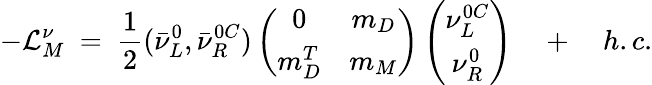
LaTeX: -{\cal L}_{M}^{\nu}\ =\ \frac{1}{2}(\bar{\nu}_{L}^{0},\bar{\nu}_{R}^{0C})\left(\begin{array}{cc}{{0}}&{{m_{D}}}\\ {{m_{D}^{T}}}&{{m_{M}}}\end{array}\right)\left(\begin{array}{c}{{\nu_{L}^{0C}}}\\ {{\nu_{R}^{0}}}\end{array}\right)\quad+\quad h.c.